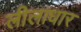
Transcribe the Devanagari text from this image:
लीलाधार